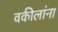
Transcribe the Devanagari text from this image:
वकीलांना